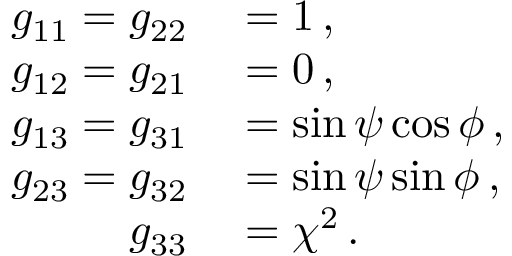
\begin{array} { r l } { g _ { 1 1 } = g _ { 2 2 } } & { { } = 1 \, , } \\ { g _ { 1 2 } = g _ { 2 1 } } & { { } = 0 \, , } \\ { g _ { 1 3 } = g _ { 3 1 } } & { { } = \sin \psi \cos \phi \, , } \\ { g _ { 2 3 } = g _ { 3 2 } } & { { } = \sin \psi \sin \phi \, , } \\ { g _ { 3 3 } } & { { } = \chi ^ { 2 } \, . } \end{array}